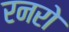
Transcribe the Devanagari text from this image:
रनरो